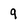
Character: 9